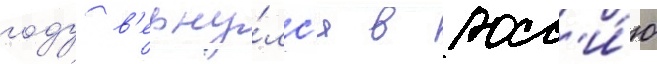
году в'ерну́лс'я в росс'и́ю